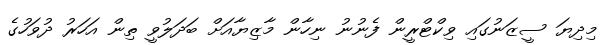
މިދިޔަ ސީޒަނުގައި ވިކްޓްރީން ފެނުނު ނިހާން މާޒިޔާއަށް ބަދަލުވީ ތިން އަހަރު ދުވަހުގެ